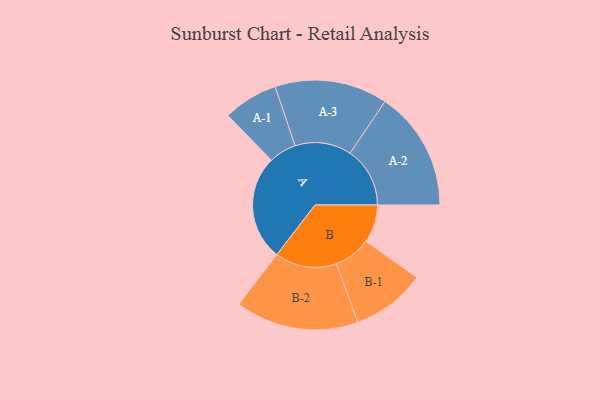
{"axis": {"x": "Segment", "y": "Value"}, "legend": ["", "A", "B"], "data": [{"x": "A", "y": 483, "type": ""}, {"x": "B", "y": 174, "type": ""}, {"x": "A-1", "y": 126, "type": "A"}, {"x": "A-2", "y": 275, "type": "A"}, {"x": "A-3", "y": 259, "type": "A"}, {"x": "B-1", "y": 170, "type": "B"}, {"x": "B-2", "y": 283, "type": "B"}]}